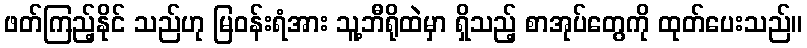
ဖတ်ကြည့်နိုင် သည်ဟု မြဝန်းရံအား သူ့ဘီရိုထဲမှာ ရှိသည့် စာအုပ်တွေကို ထုတ်ပေးသည်။